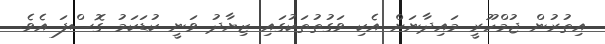
އިތުރުން ޖުމްހޫރީ މައިދާނަށް އެކި ވަގުތުތަކުގައި ޒިޔާދު ވަނީ ކުޑަކަމު ގޮސްފަ އެވެ.